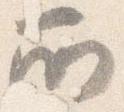
所